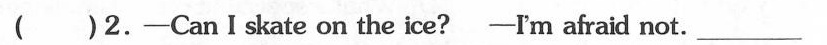
( )2. -CanI skate on the ice? -I'm afraid not. ___